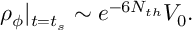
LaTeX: \rho _ { \phi } | _ { t = t _ { s } } \sim e ^ { - 6 N _ { t h } } V _ { 0 } .